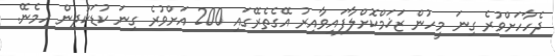
ދެހާހަށްވުރެ ގިނަ މީހުން ޒަޚަމްކޮށްލާފައިވާއިރު އޭގެތެރޭގައި 200 އަށްވުރެ ގިނަ ކުޑަކުދިން ހިމެނޭ.